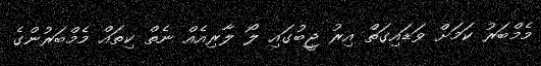
މެމްބަރު ކަމަށް ވަޑައިގަތް އިރު ޖީބުގައި ލޯ ލާރިއެއް ނެތް ކިތައް މެމްބަރުންގެ